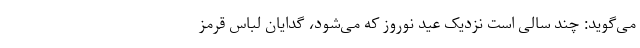
می‌گوید: چند سالی است نزدیک عید نوروز که می‌شود، گدایان لباس قرمز